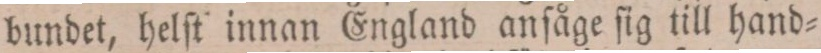
bundet, helſt innan England anſåge ſig till hand=